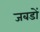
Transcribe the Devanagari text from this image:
जबडों